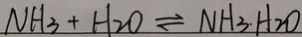
N H _ { 3 } + H _ { 2 } O \rightleftharpoons N H _ { 3 } \cdot H _ { 2 } O